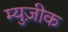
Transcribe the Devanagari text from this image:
म्युज़ीक